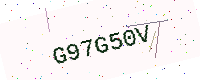
Text: G97G50V